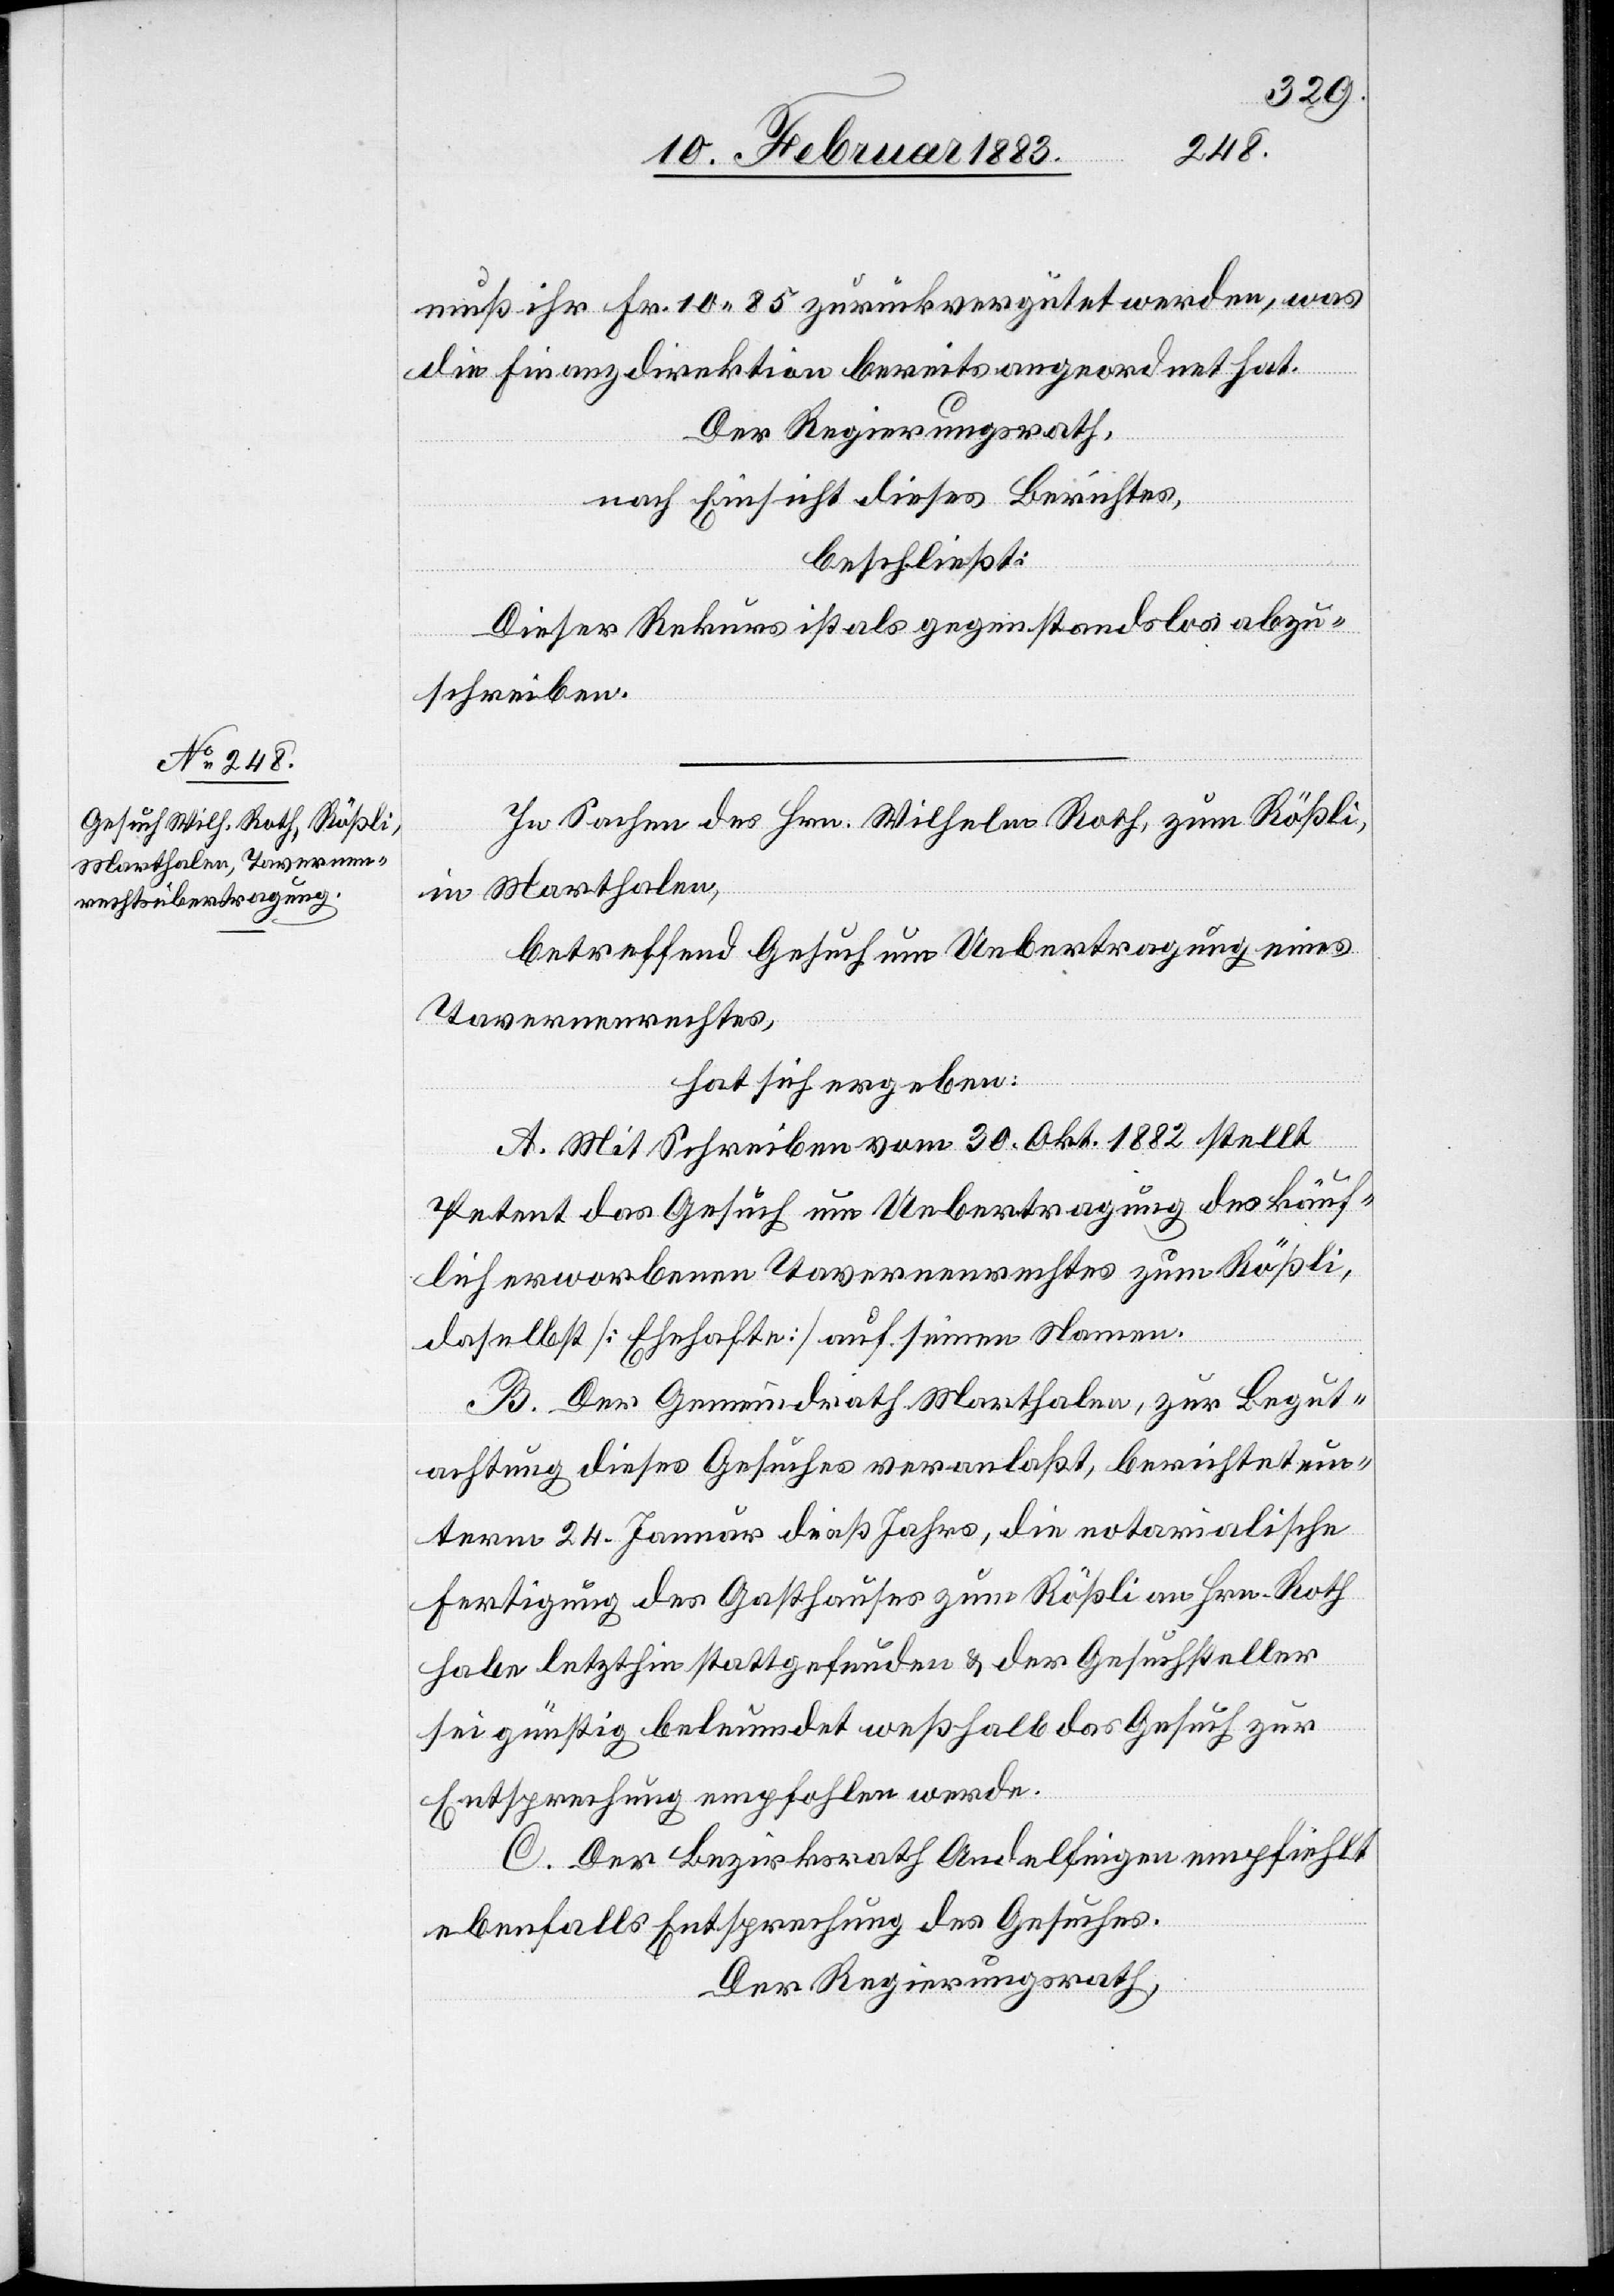
muß ihr Fr. 10 85 zurückvergütet werden, was
die Finanzdirektion bereits angeordnet hat.
Der Regierungsrath,
nach Einsicht dieses Berichtes,
beschließt:
Dieser Rekurs ist als gegenstandslos abzu¬
schreiben.
In Sachen des Hrn. Wilhelm Roth, zum Rößli,
in Marthalen,
betreffend Gesuch um Uebertragung eines
Tavernenrechtes,
hat sich ergeben:
A. Mit Schreiben vom 30. Okt. 1882 stellt
Petent das Gesuch um Uebertragung des käuf¬
lich erworbenen Tavernenrechtes zum Rößli,
daselbst [Ehehafte] auf seinen Namen.
B. Der Gemeindrath Marthalen, zur Begut¬
achtung dieses Gesuches veranlaßt, berichtet un¬
term 24. Januar dieses Jahres, die notarialische
Fertigung des Gasthauses zum Rößli an Hrn. Roth
habe letzthin stattgefunden & der Gesuchsteller
sei günstig beleumdet weßhalb das Gesuch zur
Entsprechung empfohlen werde.
C. Der Bezirksrath Andelfingen empfiehlt
ebenfalls Entsprechung des Gesuches.
Der Regierungsrath,